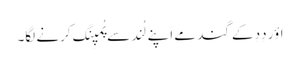
اؤر دِدِ کے گند مے اَپنے لُند سے پُمپِنگ کرنے لگا۔